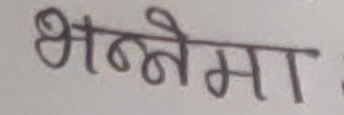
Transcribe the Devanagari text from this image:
भन्नेमा